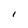
Character: I